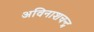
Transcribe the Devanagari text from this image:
अविनाशचन्द्र